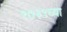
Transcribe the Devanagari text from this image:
१७३९च्या